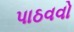
પાઠવવો